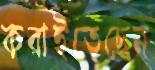
করাইতেছেন